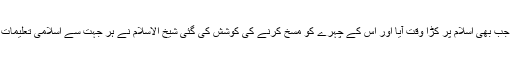
دنیا بھرمیں جب بھی اسلام پر کڑا وقت آیا اور اس کے چہرے کو مسخ کرنے کی کوشش کی گئی شیخ الاسلام نے ہر جہت سے اسلامی تعلیمات کا دفاع کیا۔